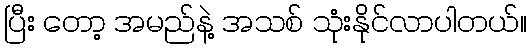
ပြီး တော့ အမည်နဲ့ အသစ် သုံးနိုင်လာပါတယ်။